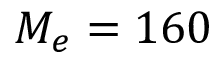
M _ { e } = 1 6 0